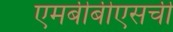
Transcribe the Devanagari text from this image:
एमबीबीएसची